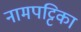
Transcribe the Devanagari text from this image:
नामपट्टिका